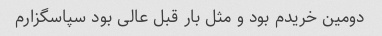
دومین خریدم بود و مثل بار قبل عالی بود سپاسگزارم